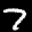
Digit: 7